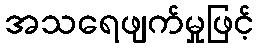
အသရေဖျက်မှုဖြင့်